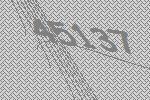
45137